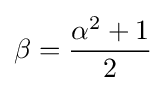
\beta ={\frac {\alpha ^{2}+1}{2}}